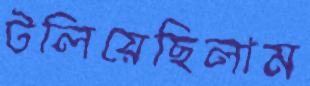
টলিয়েছিলাম